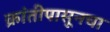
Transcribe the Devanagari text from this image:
क्रांतीपासूनचा